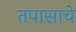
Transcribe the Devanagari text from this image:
तपासाचे